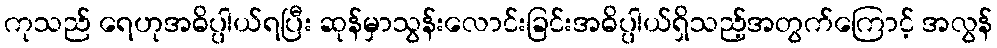
ကုသည် ရေဟုအဓိပ္ပါယ်ရပြီး ဆုန်မှာသွန်းလောင်းခြင်းအဓိပ္ပါယ်ရှိသည့်အတွက်ကြောင့် အလွန်